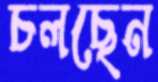
চলছেন